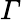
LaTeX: \varGamma